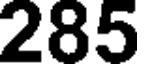
285